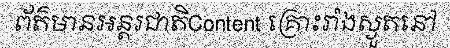
ព័ត៌មានអន្តរជាតិContent គ្រោះរាំងស្ងួតនៅ